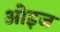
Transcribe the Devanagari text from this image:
ओइज